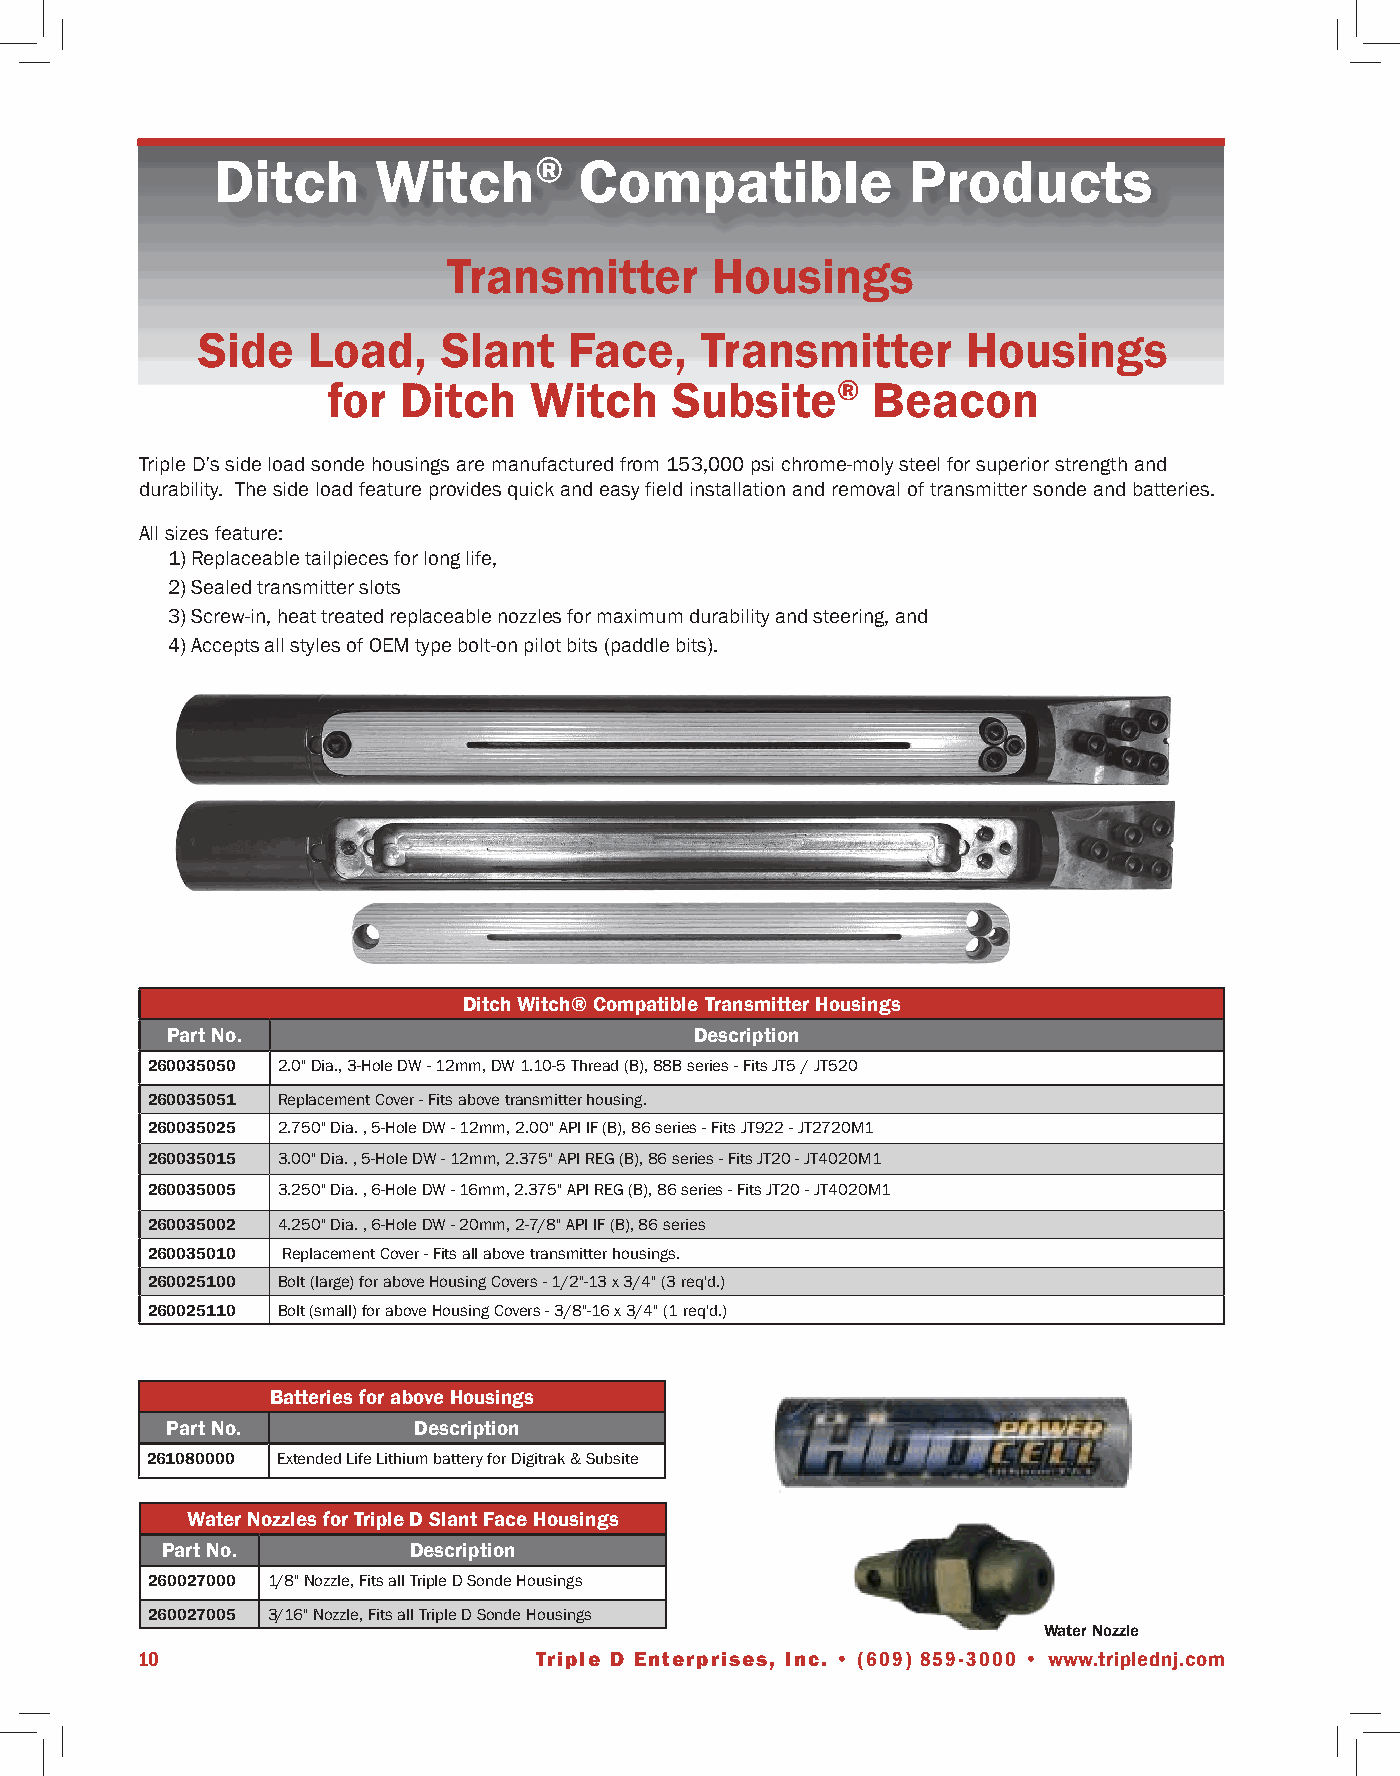
Ditch      Witch®       Compatible            Products
 Transmitter      Housings
 Side   Load,    Slant    Face,   Transmitter       Housings
 for  Ditch   Witch     Subsite®     Beacon
 Triple D’s side load sonde housings are manufactured from 153,000 psi chrome-moly steel for superior strength and
 durability. The side load feature provides quick and easy field installation and removal of transmitter sonde and batteries.
 All sizes feature:
 1) Replaceable tailpieces for long life,
 2) Sealed transmitter slots
 3) Screw-in, heat treated replaceable nozzles for maximum durability and steering, and
 4) Accepts all styles of OEM type bolt-on pilot bits (paddle bits).
 Ditch Witch® Compatible Transmitter Housings
 Part No.                           Description
 260035050 2.0" Dia., 3-Hole DW - 12mm, DW 1.10-5 Thread (B), 88B series - Fits JT5 / JT520
 260035051 Replacement Cover - Fits above transmitter housing.
 260035025 2.750" Dia. , 5-Hole DW - 12mm, 2.00" API IF (B), 86 series - Fits JT922 - JT2720M1
 260035015 3.00" Dia. , 5-Hole DW - 12mm, 2.375" API REG (B), 86 series - Fits JT20 - JT4020M1
 260035005 3.250" Dia. , 6-Hole DW - 16mm, 2.375" API REG (B), 86 series - Fits JT20 - JT4020M1
 260035002 4.250" Dia. , 6-Hole DW - 20mm, 2-7/8" API IF (B), 86 series
 260035010 Replacement Cover - Fits all above transmitter housings.
 260025100 Bolt (large) for above Housing Covers - 1/2"-13 x 3/4" (3 req'd.)
 260025110 Bolt (small) for above Housing Covers - 3/8"-16 x 3/4" (1 req'd.)
 Batteries for above Housings
 Part No.        Description
 261080000 Extended Life Lithium battery for Digitrak & Subsite
 Water Nozzles for Triple D Slant Face Housings
 Part No.        Description
 260027000 1/8" Nozzle, Fits all Triple D Sonde Housings
 260027005 3/16" Nozzle, Fits all Triple D Sonde Housings
 Water Nozzle
 10                        Triple D Enterprises, Inc. • (609) 859-3000 • www.triplednj.com